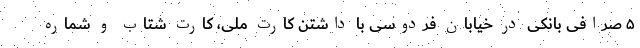
۵ صرافی بانکی در خیابان فردوسی با داشتن کارت ملی، کارت شتاب و شماره